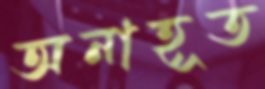
অনাহূত